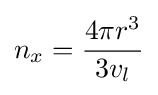
n_{x}={\frac {4\pi r^{3}}{3v_{l}}}